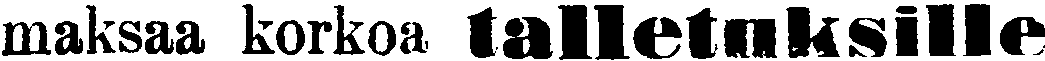
maksaa korkoa talletuksille